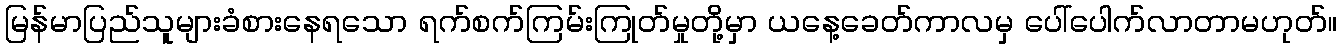
မြန်မာပြည်သူများခံစားနေရသော ရက်စက်ကြမ်းကြုတ်မှုတို့မှာ ယနေ့ခေတ်ကာလမှ ပေါ်ပေါက်လာတာမဟုတ်။